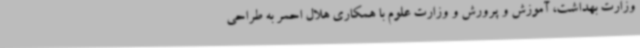
وزارت بهداشت، آموزش و پرورش و وزارت علوم با همکاری هلال احمر به طراحی